Lock hospitals Punjab
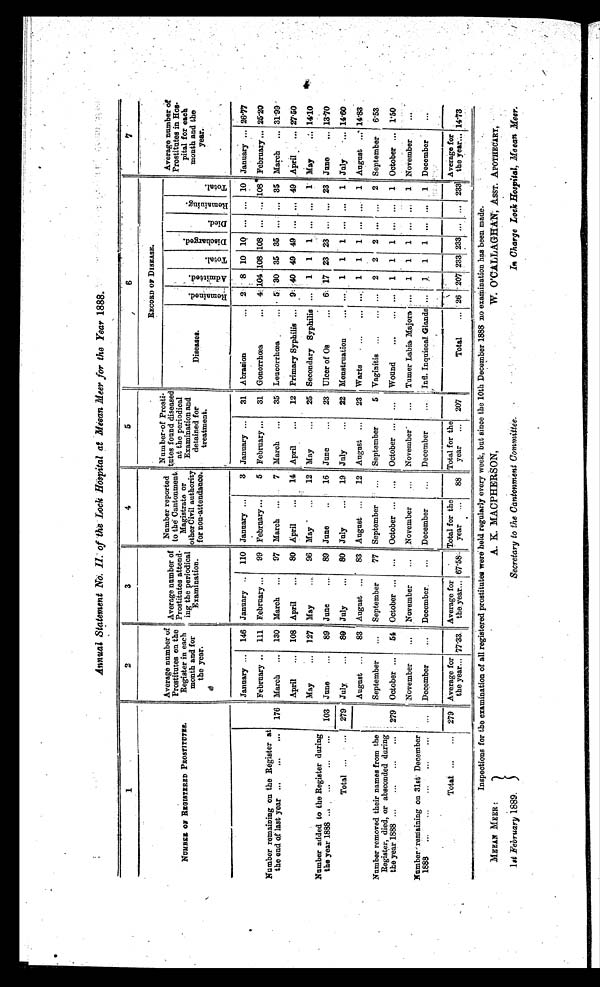
Annual Statement No. II. of the Lock Hospital at Meean Meer for the Year 1888.
1
2
3
4
5
6
7
NUMBER OF REGISTERED PROSTITUTES.
Average number of
Prostitutes on the
Register in each
month and for
the year.
Average number of
Prostitutes attend-
i n g t h e p e r i o d i c a l
in Examination.
Number reported
to the Cantonment
Magistrate or
other Civil authority
for non-attendance.
Number of Prosti-
tutes found diseased
at the periodical
Examination and
detained for
treatment.
RECORD OF DISEASE.
Average number of
Prostitutes in Hos-
pital for each
month and the
year.
Diseases.
R e m a i n e d .
A d m i t t e d .
T o t a l .
D i s c h a r g e d .
D i e d .
R e m a i n i n g .
T o t a l .
January ...
146 January ..
110 January ...
3 January ...
31 Abrasion
. . . 2
8 10 10
. . .
. . . 10 January ... 26.77
Number remaining on the Register at
the end of last year ...
...
. . .
February ..
111 February ...
99 February...
5 February ...
31 Gonorrhœa
. . . 4 104.108 1 0 8108
. . .
. . . 108 February ... 25.20
176 March
...
130 March
...
97 March
...
7 March
. . .
35 Lencorrhœa
. . . 5 30 35 35
. . .
. . . 35 March
. . . 31.99
April
...
108 April
80 April
...
14 April
. . .
12 Primary Syphilis ... 9 40 49 49
. . . ..
49 April
. . . 27.50
Number added to the Register during
the year 1888 ...
...
...
. . .
May
... 127 May
96 May
...
12 May
. . .
25 Secondary Syphilis
. . .
1
1
1
. . .
. . .
1 May ... 14.10
103 June
...
89 June
...
89 June
...
16 June
. . .
23 Ulcer of Os
. . .
6 17 23 23
. . .
. . . 23 June
. . . 13.70
Total . . .
279 July
...
80 July
...
80 July
...
19 July
. . .
22 Menstruation
. . .
. . . 1
1
1
. . .
. . .
1 July ... 14.60
August ...
83 August ...
83 August ...
12 August
. . . 23 Warts
...
. . . . . .
1
1
1
. . .
. . . 1 August
. . . 14.83
Number removed their names from the
Register, died, or absconded during
the year 1888 ...
...
...
. . .
September
. . .
September
77 September
. . . September
5 Vaginitis
...
. . .
2
2
2
. . .
. . . 2 September
6.53
279 October
54 October ...
. . .
October ...
. . .
October
. . .
. . .
Wound
...
... . . .
1
1
1
. . .
. . .
1 October
. . . 1.50
Number remaining on 31st December
1888
...
...
...
...
. . .
November
. . .
November
. . .
November
. . . November
. . .
Turner Labia Majors . . .
1
1
1
. . .
. . . 1 November
. . .
. . .
December
. . .
December.
. . .
December
. . .
December
. . . Infl. Inquiseal Glands
...
1
1
1
. . .
. . . 1 December
. . .
Total
. . .
. . .
279 Average for
the year... 77.33
Average for
the year... 167 . 58.. 1
6 7 . 5 8
Total for the
year
. . .
88
Total for the
year
. . . 207 Total
. . . 26 207 233 233 . . .
. . . 233
Average for
the year... 14.73
InspectIons for the examination of all registered p rostitutes were held regularly every week, but since the 10th December 1888 no examination has been made.
4
MEEAN MEER :
A. K. MACPHERSON,
W. O'CALLAGHAN, ASST. APOTHECARY,
1st February 1889.
Secretary to the Cantonment Committee.
In Charge Lock Hospital, Meean Meer.